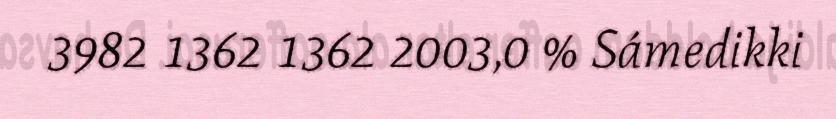
3982 1362 1362 2003,0 % Sámedikki